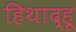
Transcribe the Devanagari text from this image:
हिथाद्हू